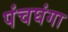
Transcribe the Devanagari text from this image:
पंचघंगा